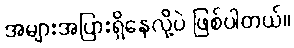
အများအပြားရှိနေလို့ပဲ ဖြစ်ပါတယ်။